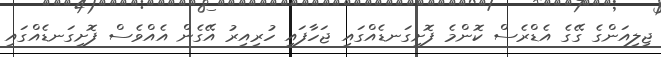
ޖިލިއަންގެ ގޭގެ އެޑްރެސް ކޮންމެ ފޮށިގަނޑެއްގައި ޖަހާފައި ހުރިއިރު އޭގެން އެއްވެސް ފޮށިގަނޑެއްގައި